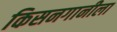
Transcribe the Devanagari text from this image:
किसनगानीला